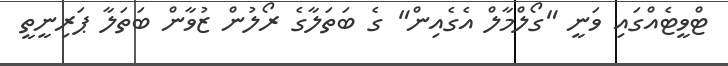
ޓްވީޓެއްގައި ވަނީ "ގޯލްމާލް އެގެއިން" ގެ ބަތަލާގެ ރޯލުން ޒުވާން ބަތަލާ ޕަރިނީތީ